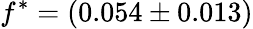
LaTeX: f^{\ast}=(0.054\pm 0.013)